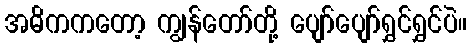
အဓိကကတော့ ကျွန်တော်တို့ ပျော်ပျော်ရွှင်ရွှင်ပဲ။